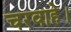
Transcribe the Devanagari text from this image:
चरवाहे।